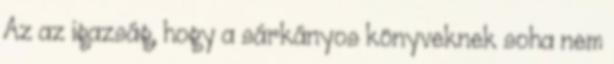
Az az igazság, hogy a sárkányos könyveknek soha nem